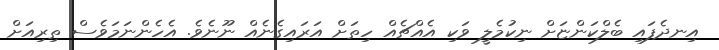
އިނދެފައި ބެލްކަންޏަށް ނިކުމެލީ ވަކި އެއްޗެއް ހިތަށް އަރައިގެނެއް ނޫނެވެ. އެހެންނަމަވެސް ތިރިއަށް